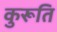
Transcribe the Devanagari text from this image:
कुरूति